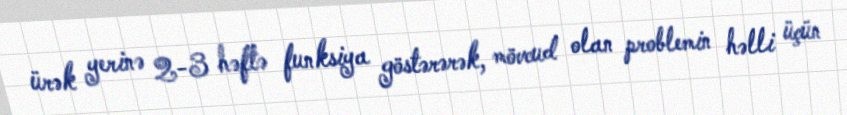
ürək yerinə 2-3 həftə funksiya göstərərək, mövcud olan problemin həlli üçün